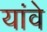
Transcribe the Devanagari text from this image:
यांवे